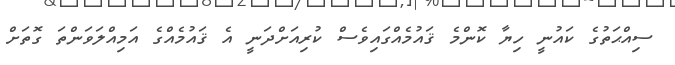
ސިއްޙަތުގެ ކައުނީ ހިޔާ ކޮންމެ ޤައުމެއްގައިވެސް ކުރިއަށްދަނީ އެ ޤައުމެއްގެ އަމިއްލަވަންތަ ގޮތަށް